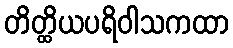
တိတ္ထိယပရိဝါသကထာ